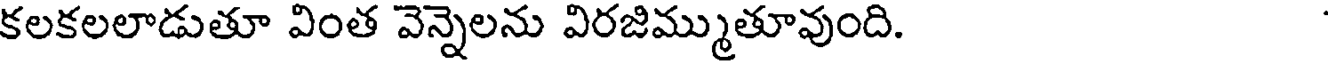
కలకలలాడుతూ వింత వెన్నెలను విరజిమ్ముతూవుంది.